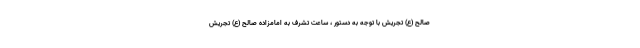
صالح (ع) تجریش با توجه به دستور ، ساعت تشرف به امامزاده صالح (ع) تجریش